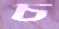
চ